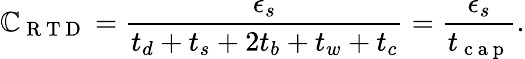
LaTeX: \mathbb{C}_{\mathrm{{~R~T~D~}}}=\frac{{\epsilon_{s}}}{{t_{d}+t_{s}+2t_{b}+t_{w}+t_{c}}}=\frac{{\epsilon_{s}}}{{t_{\mathrm{{~c~a~p~}}}}}.